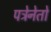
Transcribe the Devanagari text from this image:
पत्रेनेतो